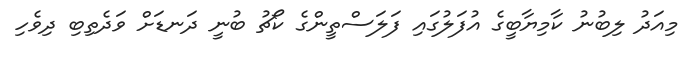
މިއަދު ލިބުނު ކާމިޔާބީގެ އުފަލުގައި ފަލަސްތީންގެ ކޯޗު ބުނީ ދަނޑަށް ވަދެތިބި ދިވެހި